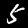
Digit: 5